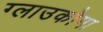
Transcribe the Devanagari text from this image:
ग्लाउकोमा